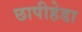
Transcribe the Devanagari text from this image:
छापीहेडा